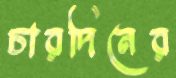
চারদিনের